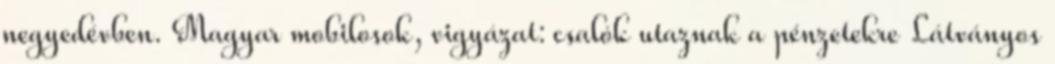
negyedévben. Magyar mobilosok, vigyázat: csalók utaznak a pénzetekre Látványos